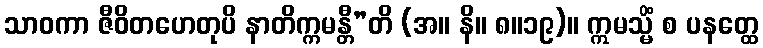
သာဝကာ ဇီဝိတဟေတုပိ နာတိက္ကမန္တီ”တိ (အ။ နိ။ ၈။၁၉)။ ဣမသ္မိံ စ ပနတ္ထေ